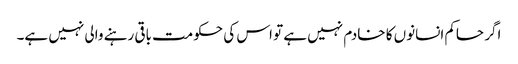
اگر حاکم انسانوں کا خادم نہیں ہے تو اس کی حکومت باقی رہنے والی نہیں ہے۔